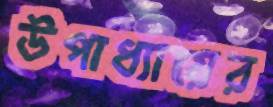
উপাধ্যায়ের